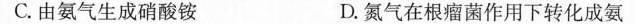
C.由氨气生成硝酸铵 D.氮气在根瘤菌作用下转化成氨